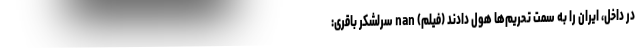
در داخل، ایران را به سمت تحریم‌ها هول دادند (فیلم) nan سرلشکر باقری: